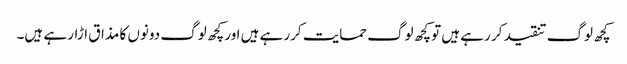
کچھ لوگ تنقید کر رہے ہیں توکچھ لوگ حمایت کررہے ہیں اورکچھ لوگ دونوں کا مذاق اڑار ہے ہیں۔